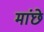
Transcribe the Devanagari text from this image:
मांछे